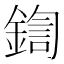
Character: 鍧